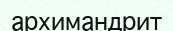
архимандрит